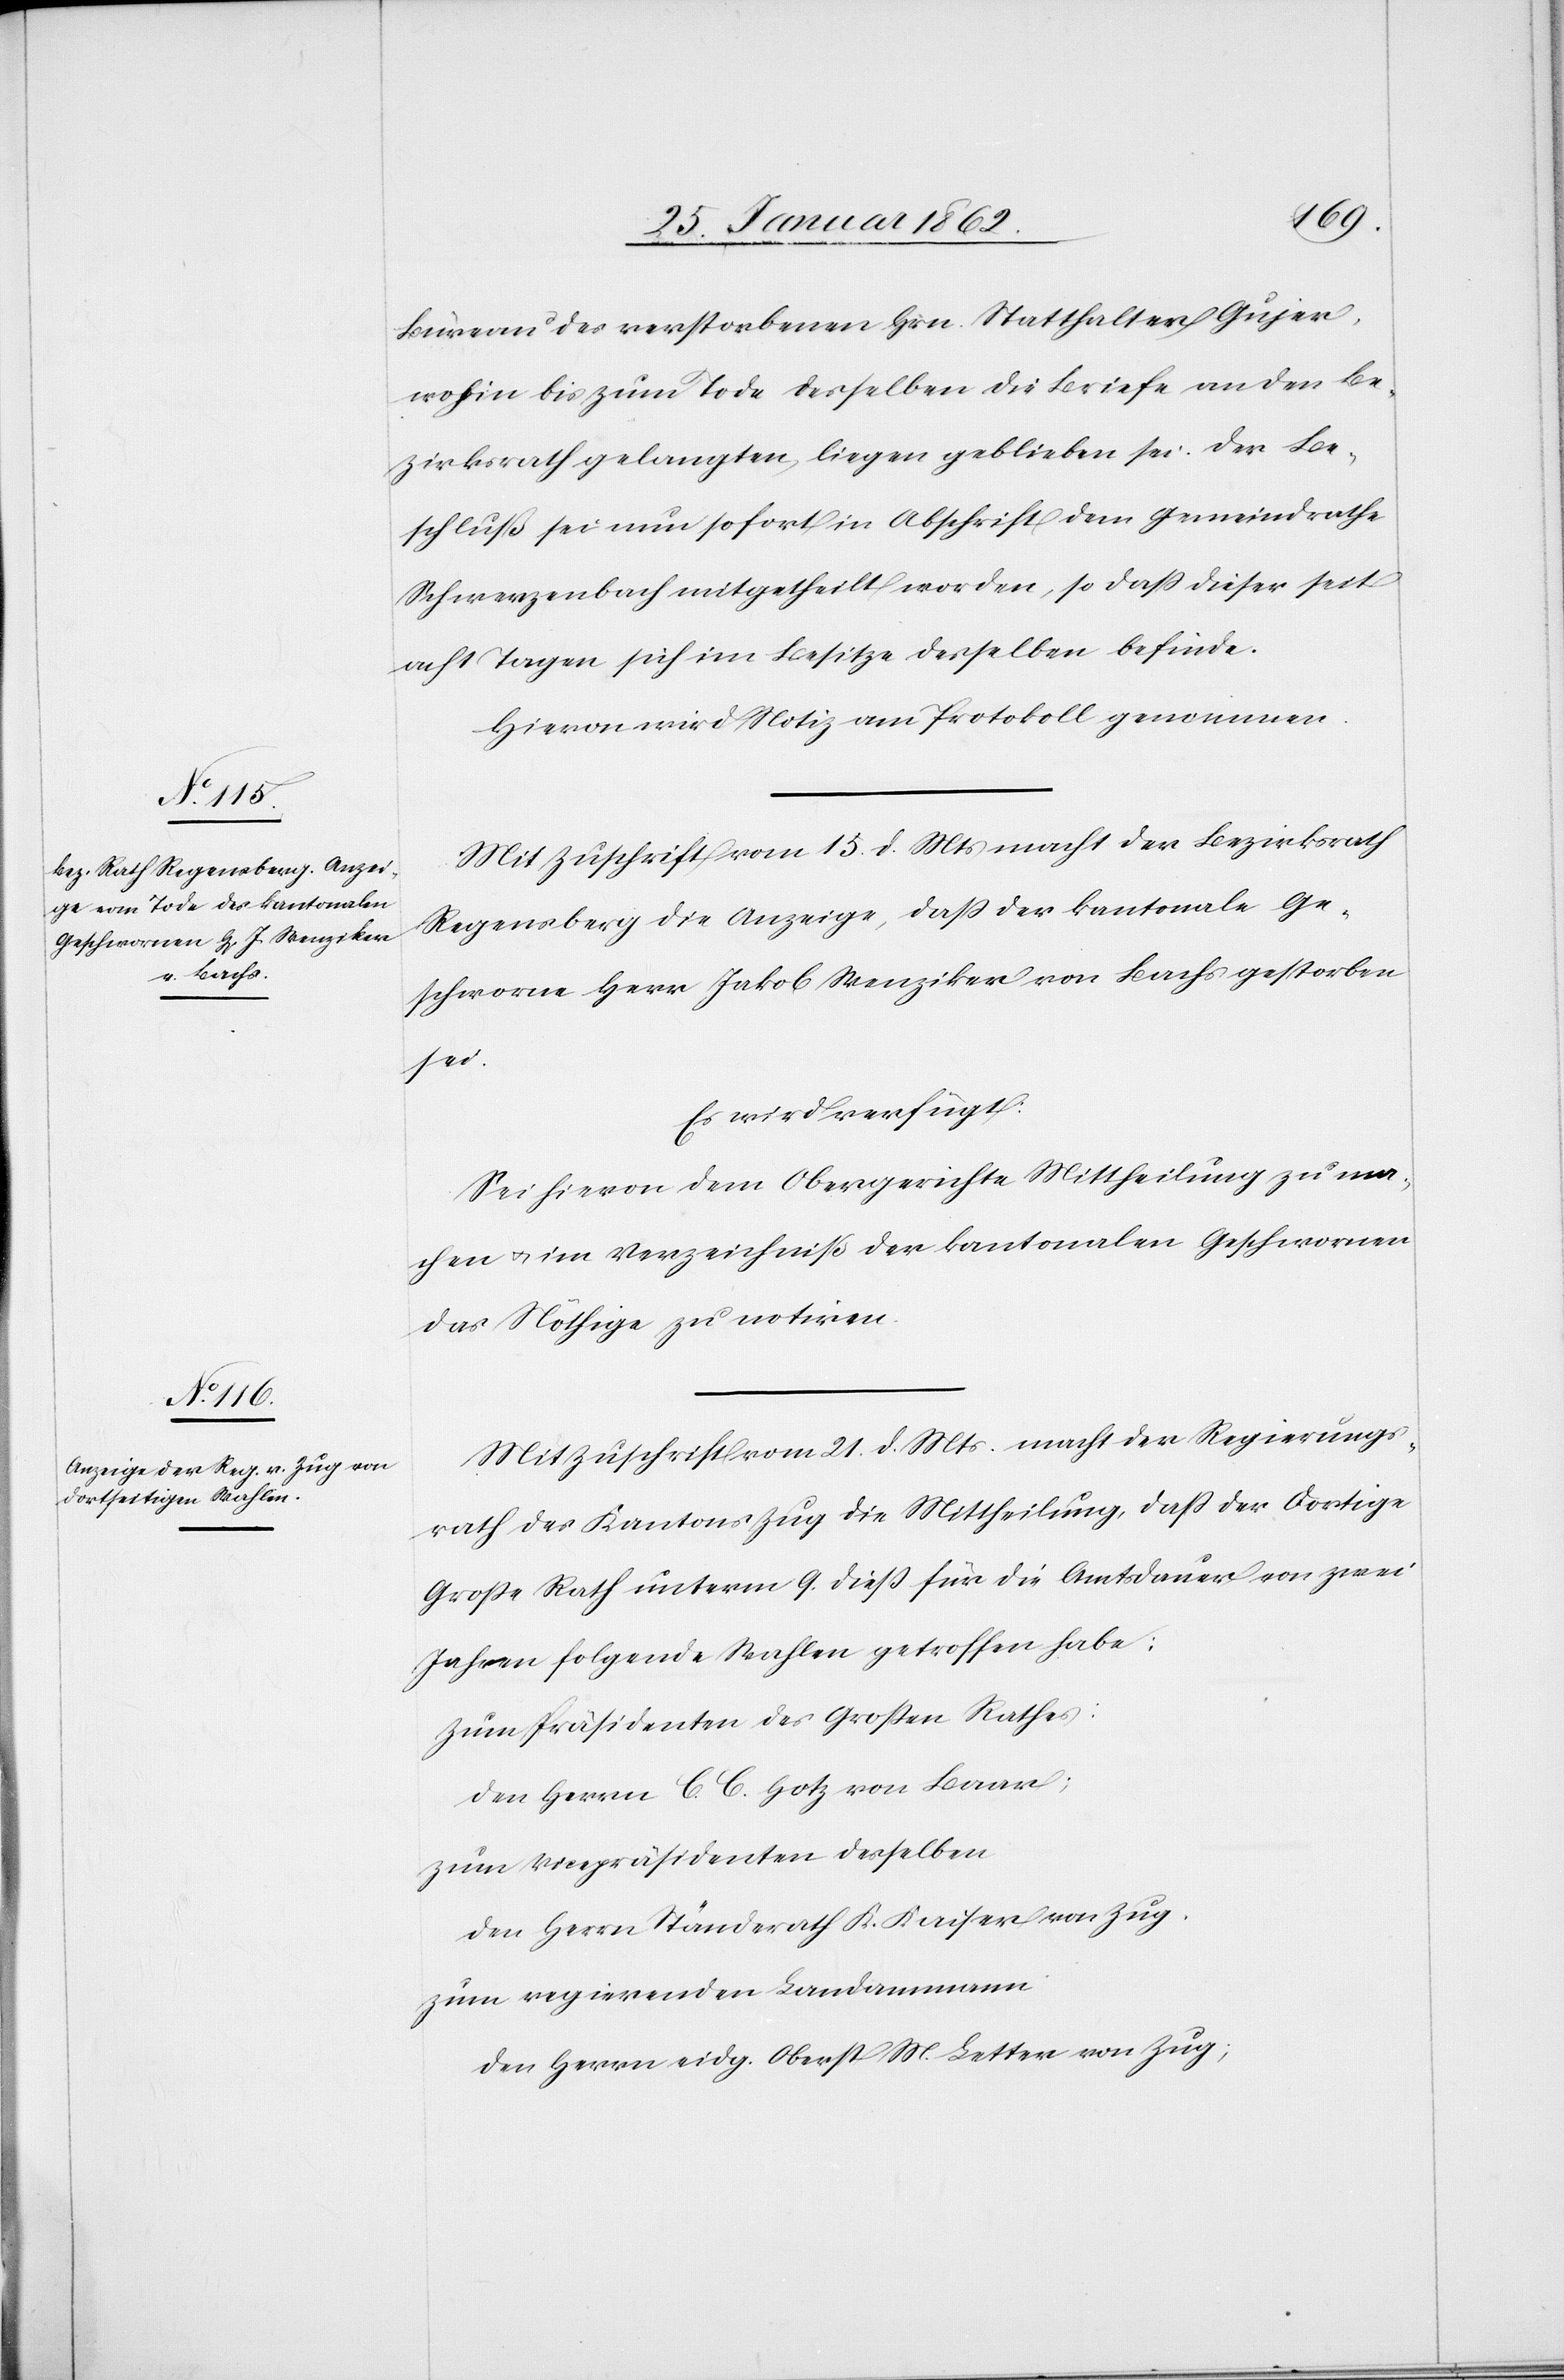
Büreau des verstorbenen Hrn. Statthalter Gujer,
wohin bis zum Tode desselben die Briefe an den Be¬
zirksrath gelangten, liegen geblieben sei. Der Be¬
schluß sei nun sofort in Abschrift dem Gemeindrathe
Schwerzenbach migetheilt worden, so daß dieser seit
acht Tagen sich im Besitze desselben befinde.
Hievon wird Notiz am Protokoll genommen.
Mit Zuschrift vom 15. d. Mts macht der Bezirksrath
Regensberg die Anzeige, daß der kantonale Ge¬
schworne Herr Jakob Wenziker von Bachs gestorben
sei.
Es wird verfügt:
Sei hievon dem Obergerichte Mittheilung zu ma¬
chen u. im Verzeichniß der kantonalen Geschwornen
das Nöthige zu notiren.
Mit Zuschrift vom 21. d. Mts. macht der Regierungs¬
rath des Kantons Zug die Mittheilung, daß der Dortige
Große Rath unterm 9. dieß für die Amtsdauer von zwei
Jahren folgende Wahlen getroffen habe:
Zum Präsidenten des Großen Rathes:
den Herrn C. C. Hotz von Baar;
zum Vicepräsidenten desselben
den Herrn Ständerath K. Kaiser von Zug.
zum regierenden Landammann
den Herrn eidg. Oberst M. Letter von Zug;